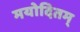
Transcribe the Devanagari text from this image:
मयोदितम्